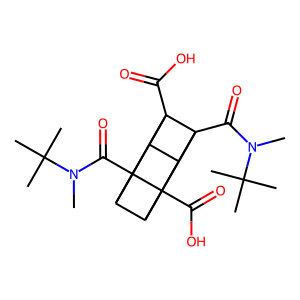
SMILES: CN(C(=O)C12C3C4C1(C(=O)O)C1C2C3(C(=O)O)C41C(=O)N(C)C(C)(C)C)C(C)(C)C
Inhibits HIV replication: No